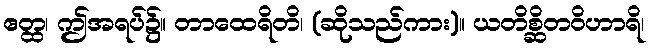
ဧတ္ထ၊ ဤအရပ်၌။ တာထေရိတိ၊ (ဆိုသည်ကား)။ ယတိစ္ဆိတဝိဟာရိ၊